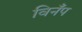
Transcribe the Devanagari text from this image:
विनँप